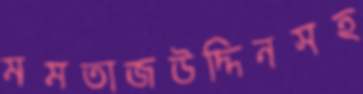
মমতাজউদ্দিনসহ